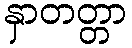
နှာတတ္တာ